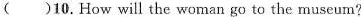
( )10.How will the woman go to the museum?